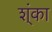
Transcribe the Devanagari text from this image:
श्ंका